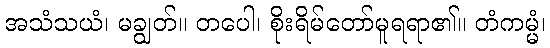
အသံသယံ၊ မချွတ်။ တပေါ၊ စိုးရိမ်တော်မူရရာ၏။ တံကမ္မံ၊